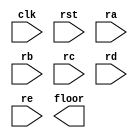
module lift5 (clk,rst,ra,rb,rc,rd,re,floor);
input clk,rst,ra,rb,rc,rd,re;
output reg [2:0] floor;
reg dir;
parameter A=0,B=1,C=2,D=3,E=4;
parameter UP=0,DOWN=1;

`ifdef CASE1
always @(posedge clk or posedge rst)
begin
	if (rst) floor<=A;
	else
	case(floor) 
	A: case(1)
		ra: floor<=A;
		rb: floor<=B;
		rc: floor<=C;
		rd: floor<=D;
		re: floor<=E;
		endcase
		
	B: case(dir)
		UP:
			case(1)
			rb: floor <= B;
			rc: floor <= C;
			rd: floor <= D;
			re: floor <= E;
			ra: floor <= A;
			endcase
		DOWN: 
			case(1)
			rb: floor <= B;
			ra: floor <= A;
			rc: floor <= C;
			rd: floor <= D;
			re: floor <= E;
			endcase
		endcase
		
	C: case(dir)
		UP:
			case(1)
			rc: floor <= C;
			rd: floor <= D;
			re: floor <= E;
			rb: floor <= B;
			ra: floor <= A;
			endcase
		DOWN: 
			case(1)
			rc: floor <= C;
			rb: floor <= B;
			ra: floor <= A;
			rd: floor <= D;
			re: floor <= E;				
			endcase
		endcase
	
	D: case(dir)
		UP:
			case(1)
			rd: floor <= D;
			re: floor <= E;
			rc: floor <= C;
			rb: floor <= B;
			ra: floor <= A;
			endcase
		DOWN: 
			case(1)
			rd: floor <= D;
			rc: floor <= C;
			rb: floor <= B;
			ra: floor <= A;
			re: floor <= E;				
			endcase
		endcase
		
	E: case(1)
	   re: floor<=E;
	   rd: floor<=D;
	   rc: floor<=C;
	   rb: floor<=B;
	   ra: floor<=A;
	   endcase
	endcase 
end
	
always @(posedge clk or posedge rst)
begin
	if (rst) dir<=UP;
	else 
	case(floor)
	A: 	case(1)
		ra:dir<=UP;
		rb:dir<=UP;
		rc:dir<=UP;
		rd:dir<=UP;
		re:dir<=DOWN;
		endcase
		
	B: case(dir)
		UP: case(1)
			rb:dir<=UP;
			rc:dir<=UP;
			rd:dir<=UP;
			re:dir<=DOWN;
			ra:dir<=UP;
			endcase
		DOWN: case(1)
			  rb:dir<=DOWN;
			  ra:dir<=UP;
			  rc:dir<=UP;
			  rd:dir<=UP;
			  re:dir<=DOWN;
			  endcase
		endcase
	
	C: case(dir)
		UP: case(1)
			rc:dir<=UP;
			rd:dir<=UP;
			re:dir<=DOWN;
			rb:dir<=DOWN;
			ra:dir<=UP;
			endcase
		DOWN: case(1)
			  rc:dir<=DOWN;
			  rb:dir<=DOWN;
			  ra:dir<=UP;
			  rd:dir<=UP;
			  re:dir<=DOWN;
			  endcase
		endcase
		
	D:  case(dir)
		UP: case(1)
			rd:dir<=UP;
			re:dir<=DOWN;
			rc:dir<=DOWN;
			rb:dir<=DOWN;
			ra:dir<=UP;
			endcase
		DOWN: case(1)
			  rd:dir<=DOWN;
			  rc:dir<=DOWN;
			  rb:dir<=UP;
			  ra:dir<=UP;
			  re:dir<=DOWN;
			  endcase
		endcase
	
	E: case(1)
	   re:dir<=DOWN;
	   rd:dir<=DOWN;
	   rc:dir<=DOWN;
	   rb:dir<=DOWN;
	   ra:dir<=UP;
	   endcase
	endcase
end
`endif

`ifdef CASEX
always @(posedge clk or posedge rst)
begin
	if (rst) floor<=A;
	else 
	case(floor)
	A: casex ({ra,rb,rc,rd,re})
	   5'b1xxxx: floor<=A;
	   5'b01xxx: floor<=B;
	   5'b001xx: floor<=C;
	   5'b0001x: floor<=D;
	   5'b00001: floor<=E;
	   endcase
	  
	B: case (dir)
		UP: casex ({rb,rc,rd,re,ra})
		   5'b1xxxx: floor<=B;
		   5'b01xxx: floor<=C;
		   5'b001xx: floor<=D;
		   5'b0001x: floor<=E;
		   5'b00001: floor<=A;
		   endcase 
		DOWN: casex ({rb,ra,rc,rd,re})
		      5'b1xxxx: floor<=B;
		      5'b01xxx: floor<=A;
		      5'b001xx: floor<=C;
		      5'b0001x: floor<=D;
			  5'b00001: floor<=E;
		      endcase
		endcase
		
	C: case (dir)
		UP: casex ({rc,rd,re,rb,ra})
		   5'b1xxxx: floor<=C;
		   5'b01xxx: floor<=D;
		   5'b001xx: floor<=E;
		   5'b0001x: floor<=B;
		   5'b00001: floor<=A;
		   endcase 
		DOWN: casex ({rc,rb,ra,rd,re})
		      5'b1xxxx: floor<=C;
		      5'b01xxx: floor<=B;
		      5'b001xx: floor<=A;
		      5'b0001x: floor<=D;
			  5'b00001: floor<=E;
		      endcase
		endcase
		
	D: case (dir)
		UP: casex ({rd,re,rc,rb,ra})
		   5'b1xxxx: floor<=D;
		   5'b01xxx: floor<=E;
		   5'b001xx: floor<=C;
		   5'b0001x: floor<=B;
		   5'b00001: floor<=A;
		   endcase 
		DOWN: casex ({rd,rc,rb,ra,re})
		      5'b1xxxx: floor<=D;
		      5'b01xxx: floor<=C;
		      5'b001xx: floor<=B;
		      5'b0001x: floor<=A;
			  5'b00001: floor<=E;
		      endcase
		endcase
		
	E: casex ({re,rd,rc,rb,ra})
	   5'b1xxxx: floor<=E;
	   5'b01xxx: floor<=D;
	   5'b001xx: floor<=C;
	   5'b0001x: floor<=B;
	   5'b00001: floor<=A;
	   endcase
	endcase
	
end

always @(posedge clk or posedge rst)
begin
	if (rst) dir<=UP;
	else 
	case(dir)
	UP: case(floor)
		A: casex({ra,rb,rc,rd,re})
		   5'b00001: dir<=DOWN;
		   endcase
		B: casex({rb,rc,rd,re,ra})
		   5'b0001x: dir<=DOWN;
		   endcase
        C: casex({rc,rd,re,rb,ra})
		   5'b001xx: dir<=DOWN;
		   5'b0001x: dir<=DOWN;
		   endcase
		endcase 
	DOWN: case(floor)
		B: casex({rb,ra,rc,rd,re})
		   5'b001xx: dir<=UP;
		   5'b0001x: dir<=UP;
		   endcase
		C: casex({rc,rb,ra,rd,re})
		   5'b0001x: dir<=UP;
		   endcase
        D: casex({rd,re,rc,rb,ra})
		   5'b00001: dir<=UP;		   
		   endcase
		endcase 
	endcase
end
`endif

`ifdef BOOLEAN
assign a2b = !ra && rb;
assign a2c = !ra && !rb && rc;
assign a2d = !ra && !rb && !rc && rd;
assign a2e = !ra && !rb && !rc && !rd && re; 

assign e2a = ra && !rb && !rc && !rd && !re; 
assign e2b = rb && !rc && !rd && !re; 
assign e2c = rc && !rd && !re; 
assign e2d = rd && !re; 

assign b2a = (dir==UP) && ra && !rb && !rc && !rd || (dir==DOWN) && ra && !rb;
assign b2c = (dir==UP) && !rb && rc || (dir==DOWN) && !ra && !rb && rc;
assign b2d = (dir==UP) && !rb && !rc && rd || (dir==DOWN) && !ra && !rb && !rc && rd;
assign b2e = (dir==UP) && !rb && !rc && !rd && re || (dir==DOWN) && !ra && !rb && !rc && !rd && re;

assign c2a = (dir==UP) && ra && !rb && !rc && !rd || (dir==DOWN) && ra && !rb && !rc;
assign c2b = (dir==UP) && rb && !rc && !rd || (dir==DOWN) && rb && !rc;
assign c2d = (dir==UP) && !rc && rd || (dir==DOWN) && !ra && !rb && !rc && rd;
assign c2e = (dir==UP) && !rc && !rd && re || (dir==DOWN) && !ra && !rb && !rc && !rd && re;

assign d2a = (dir==UP) && ra && !rb && !rc && !rd || (dir==DOWN) && ra && !rb && !rc && !rd;
assign d2b = (dir==UP) && rb && !rc && !rd || (dir==DOWN) && rb && !rc && !rd;
assign d2c = (dir==UP) && !rb && rc && !rd || (dir==DOWN) && !rb && rc && !rd;
assign d2e = (dir==UP) && !rb && !rc && !rd && re || (dir==DOWN) && !rb && !rc && !rd && re;

always @(posedge clk or posedge rst) begin
    if (rst) floor <= A;
    else 
	case (floor)
		A: if (a2b) floor<=B;
		   else if (a2c) floor<=C;
		   else if (a2d) floor<=D;
		   else if (a2e) floor<=E;
		B: if (b2a) floor<=A;
		   else if (b2c) floor<=C;
		   else if (b2d) floor<=D;
		   else if (b2e) floor<=E;
		C: if (c2a) floor<=A;
		   else if (c2b) floor<=B;
		   else if (c2d) floor<=D;
		   else if (c2e) floor<=E;
		D: if (d2a) floor<=A;
		   else if (d2b) floor<=B;
		   else if (d2c) floor<=C;
		   else if (d2e) floor<=E;
		E: if (e2a) floor<=A;
		   else if (e2b) floor<=B;
		   else if (e2c) floor<=C;
		   else if (e2d) floor<=D;
		default: floor <= floor;
	endcase
end

always @(posedge clk or posedge rst)
begin
    if (rst) dir<=UP;
    else 
    case(dir)
    UP: if (floor==A && !ra && !rb && !rc && !rd && re) dir<=DOWN;
        else if (floor==B && !rb && !rc && !rd && re) dir<=DOWN;
        else if (floor==C && ( ra && !rb && !rc && !rd && !re || !rc && !rd && re)) dir<=DOWN;
        else if (floor==D && ( !rd && re || rc && !rd && !re)) dir<=DOWN;
        
    DOWN: if (floor==B && (ra && !rb || !ra && !rb && rc)) dir<=UP;
		  else if (floor==C && (!ra && !rb && !rc && rd)) dir<=UP;
	      else if (floor==D && ra && !rb && !rc && !rd) dir<=UP;
		  else if (floor==E &&  ra && !rb && !rc && !rd && !re) dir<=UP;
		  else dir<=dir;
    endcase 
end
`endif
endmodule